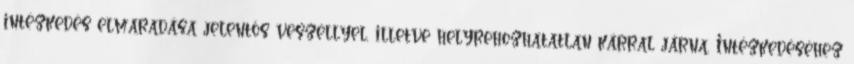
intézkedés elmaradása jelentős veszéllyel, illetve helyrehozhatatlan kárral járna. Intézkedéséhez